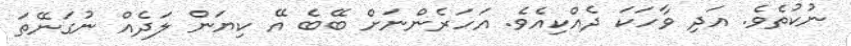
ނުކުތެވެ. އަދި ވާހަކަ ދެއްކިއެވެ. އަހަރެންނަށް ބޭބެ އޭ ކިޔަން ލަދެއް ނުގަނޭތަ